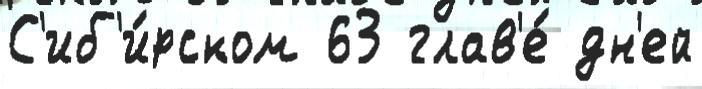
С'иб'и́рском 63 глав'е́ дн'ей